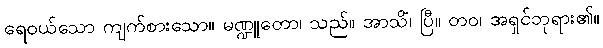
ရေဝယ်သော ကျက်စားသော။ မဏ္ဍူတော၊ သည်။ အာသိံ၊ ပြီ။ တဝ၊ အရှင်ဘုရား၏။